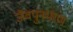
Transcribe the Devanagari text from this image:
जैवपुनर्भरण